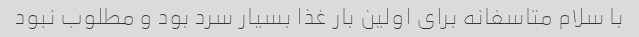
با سلام متاسفانه برای اولین بار غذا بسیار سرد بود و مطلوب نبود